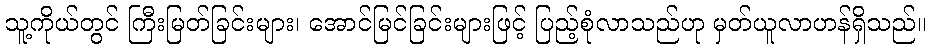
သူ့ကိုယ်တွင် ကြီးမြတ်ခြင်းများ၊ အောင်မြင်ခြင်းများဖြင့် ပြည့်စုံလာသည်ဟု မှတ်ယူလာဟန်ရှိသည်။